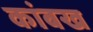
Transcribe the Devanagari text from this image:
कांबख